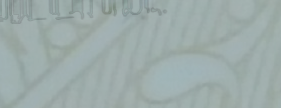
بيع وشراء الأدوات الزراعي